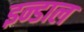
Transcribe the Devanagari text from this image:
इन्डाल